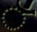
ઁ